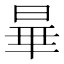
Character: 𬀽